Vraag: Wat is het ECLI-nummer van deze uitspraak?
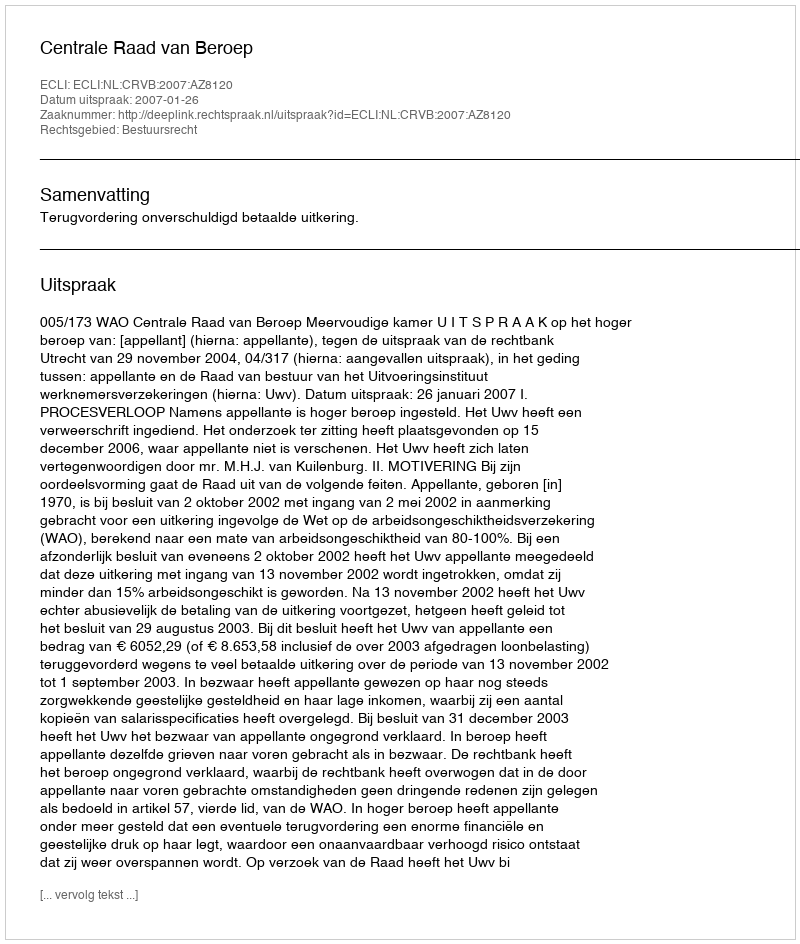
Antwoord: ECLI:NL:CRVB:2007:AZ8120